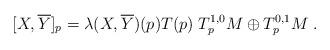
LaTeX: \begin{align*} [X, \overline{Y}]_p=\lambda(X,\overline{Y})(p) T(p) \; T^{1,0}_pM\oplus T^{0,1}_pM\;. \end{align*}